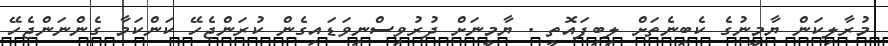
މުރާލިކަން ޔާމީނުގެ ކެބިނެތަށް ލިބިފައޮތީ . ޔާމީނަށް ދުރުވިސްނިވަޑައިގެން ކުރަންޖެހޭ ކަންކަމާ ގެންނަންޖެހޭ